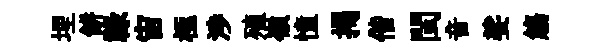
埋餅禄宙極渉殖嶺憧揭偕閩音娑觴